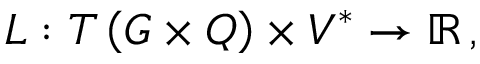
\begin{array} { r } { L : T \left( G \times Q \right) \times V ^ { * } \rightarrow \mathbb { R } \, , } \end{array}